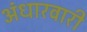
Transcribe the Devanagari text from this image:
अंधारवारी